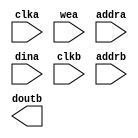
module blk_mem_gen_inputMem(
  clka,
  wea,
  addra,
  dina,
  clkb,
  addrb,
  doutb
);

input clka;
input [0 : 0] wea;
input [16 : 0] addra;
input [7 : 0] dina;
input clkb;
input [16 : 0] addrb;
output [7 : 0] doutb;

// synthesis translate_off

  BLK_MEM_GEN_V6_2 #(
    .C_ADDRA_WIDTH(17),
    .C_ADDRB_WIDTH(17),
    .C_ALGORITHM(1),
    .C_AXI_ID_WIDTH(4),
    .C_AXI_SLAVE_TYPE(0),
    .C_AXI_TYPE(1),
    .C_BYTE_SIZE(9),
    .C_COMMON_CLK(0),
    .C_DEFAULT_DATA("0"),
    .C_DISABLE_WARN_BHV_COLL(1),
    .C_DISABLE_WARN_BHV_RANGE(1),
    .C_FAMILY("virtex5"),
    .C_HAS_AXI_ID(0),
    .C_HAS_ENA(0),
    .C_HAS_ENB(0),
    .C_HAS_INJECTERR(0),
    .C_HAS_MEM_OUTPUT_REGS_A(0),
    .C_HAS_MEM_OUTPUT_REGS_B(0),
    .C_HAS_MUX_OUTPUT_REGS_A(0),
    .C_HAS_MUX_OUTPUT_REGS_B(1),
    .C_HAS_REGCEA(0),
    .C_HAS_REGCEB(0),
    .C_HAS_RSTA(0),
    .C_HAS_RSTB(0),
    .C_HAS_SOFTECC_INPUT_REGS_A(0),
    .C_HAS_SOFTECC_OUTPUT_REGS_B(0),
    .C_INIT_FILE_NAME("no_coe_file_loaded"),
    .C_INITA_VAL("0"),
    .C_INITB_VAL("0"),
    .C_INTERFACE_TYPE(0),
    .C_LOAD_INIT_FILE(0),
    .C_MEM_TYPE(1),
    .C_MUX_PIPELINE_STAGES(0),
    .C_PRIM_TYPE(1),
    .C_READ_DEPTH_A(131072),
    .C_READ_DEPTH_B(131072),
    .C_READ_WIDTH_A(8),
    .C_READ_WIDTH_B(8),
    .C_RST_PRIORITY_A("CE"),
    .C_RST_PRIORITY_B("CE"),
    .C_RST_TYPE("SYNC"),
    .C_RSTRAM_A(0),
    .C_RSTRAM_B(0),
    .C_SIM_COLLISION_CHECK("ALL"),
    .C_USE_BYTE_WEA(0),
    .C_USE_BYTE_WEB(0),
    .C_USE_DEFAULT_DATA(0),
    .C_USE_ECC(0),
    .C_USE_SOFTECC(0),
    .C_WEA_WIDTH(1),
    .C_WEB_WIDTH(1),
    .C_WRITE_DEPTH_A(131072),
    .C_WRITE_DEPTH_B(131072),
    .C_WRITE_MODE_A("WRITE_FIRST"),
    .C_WRITE_MODE_B("WRITE_FIRST"),
    .C_WRITE_WIDTH_A(8),
    .C_WRITE_WIDTH_B(8),
    .C_XDEVICEFAMILY("virtex5")
  )
  inst (
    .CLKA(clka),
    .WEA(wea),
    .ADDRA(addra),
    .DINA(dina),
    .CLKB(clkb),
    .ADDRB(addrb),
    .DOUTB(doutb),
    .RSTA(),
    .ENA(),
    .REGCEA(),
    .DOUTA(),
    .RSTB(),
    .ENB(),
    .REGCEB(),
    .WEB(),
    .DINB(),
    .INJECTSBITERR(),
    .INJECTDBITERR(),
    .SBITERR(),
    .DBITERR(),
    .RDADDRECC(),
    .S_ACLK(),
    .S_ARESETN(),
    .S_AXI_AWID(),
    .S_AXI_AWADDR(),
    .S_AXI_AWLEN(),
    .S_AXI_AWSIZE(),
    .S_AXI_AWBURST(),
    .S_AXI_AWVALID(),
    .S_AXI_AWREADY(),
    .S_AXI_WDATA(),
    .S_AXI_WSTRB(),
    .S_AXI_WLAST(),
    .S_AXI_WVALID(),
    .S_AXI_WREADY(),
    .S_AXI_BID(),
    .S_AXI_BRESP(),
    .S_AXI_BVALID(),
    .S_AXI_BREADY(),
    .S_AXI_ARID(),
    .S_AXI_ARADDR(),
    .S_AXI_ARLEN(),
    .S_AXI_ARSIZE(),
    .S_AXI_ARBURST(),
    .S_AXI_ARVALID(),
    .S_AXI_ARREADY(),
    .S_AXI_RID(),
    .S_AXI_RDATA(),
    .S_AXI_RRESP(),
    .S_AXI_RLAST(),
    .S_AXI_RVALID(),
    .S_AXI_RREADY(),
    .S_AXI_INJECTSBITERR(),
    .S_AXI_INJECTDBITERR(),
    .S_AXI_SBITERR(),
    .S_AXI_DBITERR(),
    .S_AXI_RDADDRECC()
  );

// synthesis translate_on

endmodule